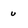
Character: u